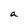
Character: a